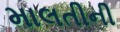
માલતીની